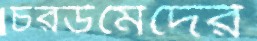
চরউমেদের